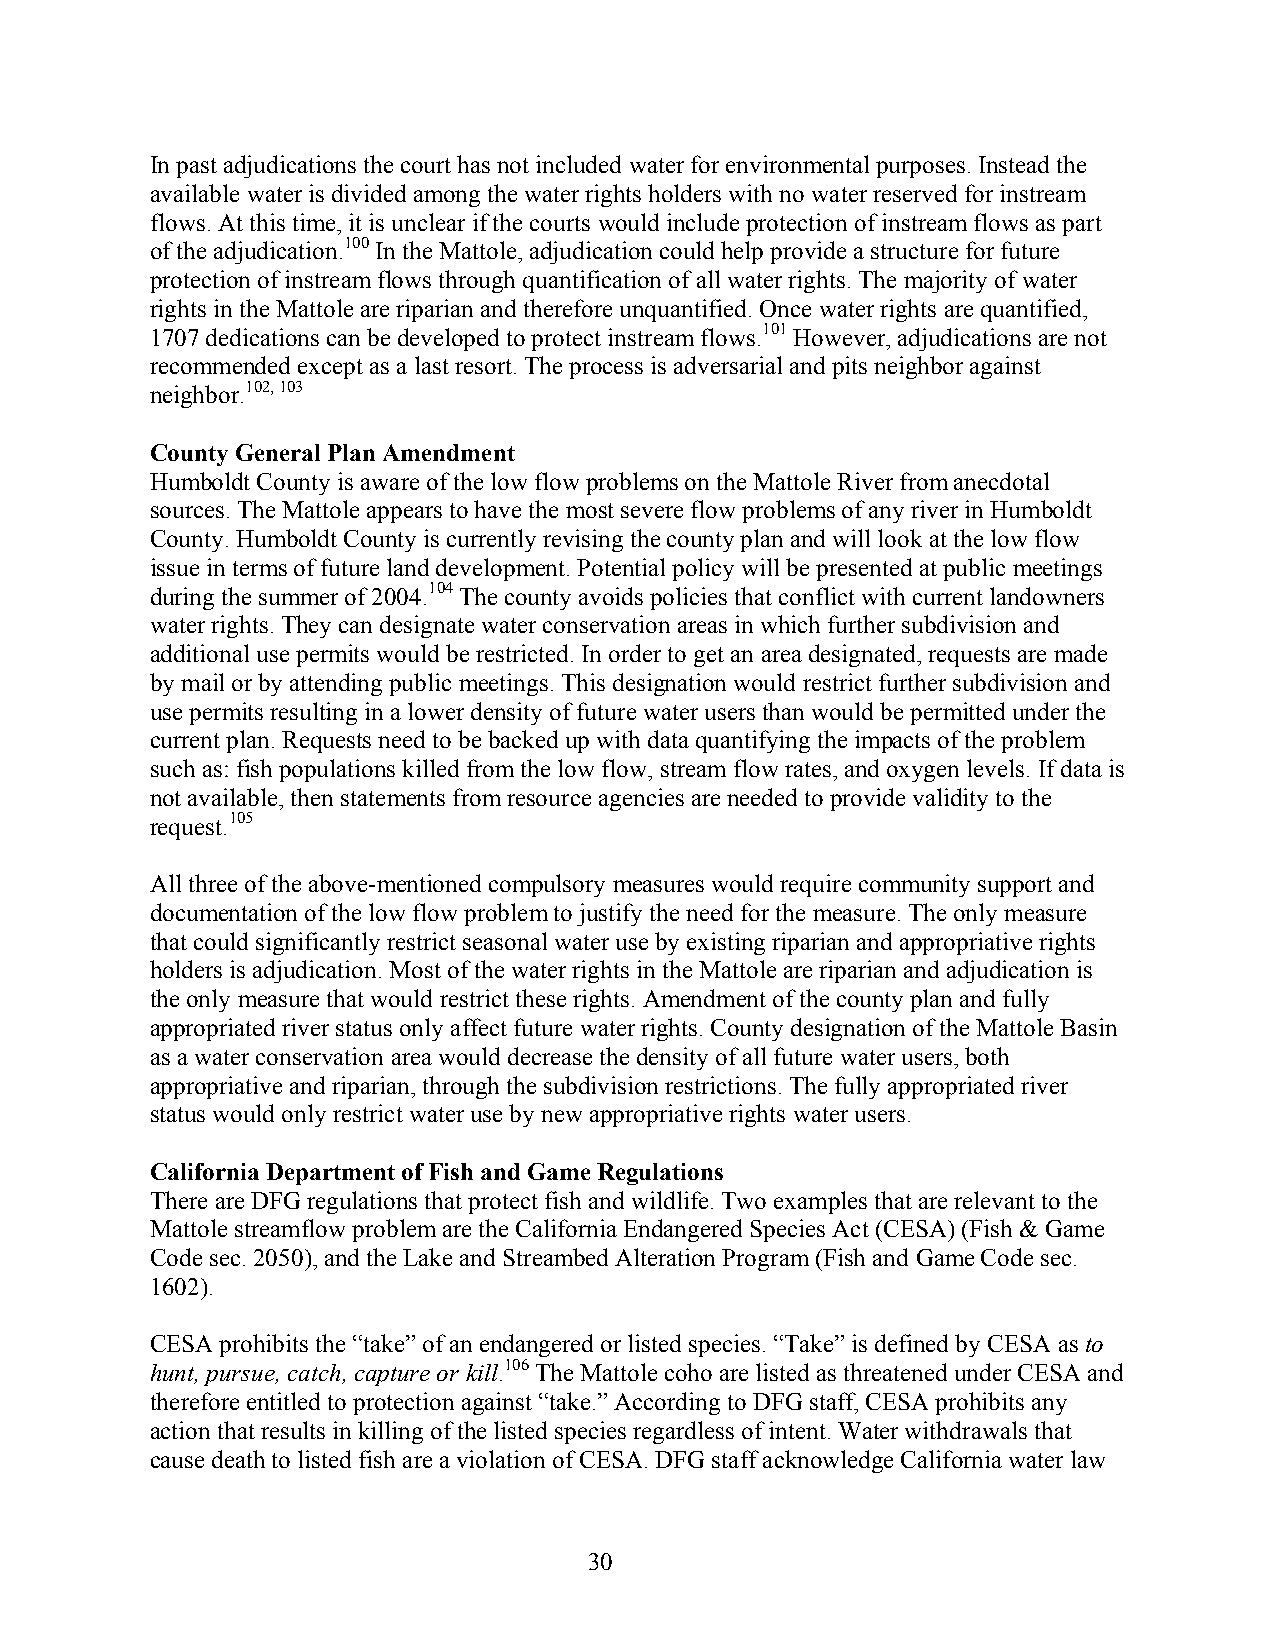
In past adjudications the court has not included water for environmental purposes. Instead the
 available water is divided among the water rights holders with no water reserved for instream
 flows. At this time, it is unclear if the courts would include protection of instream flows as part
 of the adjudication.100 In the Mattole, adjudication could help provide a structure for future
 protection of instream flows through quantification of all water rights. The majority of water
 rights in the Mattole are riparian and therefore unquantified. Once water rights are quantified,
 1707 dedications can be developed to protect instream flows.101 However, adjudications are not
 recommended except as a last resort. The process is adversarial and pits neighbor against
 neighbor.102, 103
 County General Plan Amendment
 Humboldt County is aware of the low flow problems on the Mattole River from anecdotal
 sources. The Mattole appears to have the most severe flow problems of any river in Humboldt
 County. Humboldt County is currently revising the county plan and will look at the low flow
 issue in terms of future land development. Potential policy will be presented at public meetings
 during the summer of 2004.104 The county avoids policies that conflict with current landowners
 water rights. They can designate water conservation areas in which further subdivision and
 additional use permits would be restricted. In order to get an area designated, requests are made
 by mail or by attending public meetings. This designation would restrict further subdivision and
 use permits resulting in a lower density of future water users than would be permitted under the
 current plan. Requests need to be backed up with data quantifying the impacts of the problem
 such as: fish populations killed from the low flow, stream flow rates, and oxygen levels. If data is
 not available, then statements from resource agencies are needed to provide validity to the
 request.105
 All three of the above-mentioned compulsory measures would require community support and
 documentation of the low flow problem to justify the need for the measure. The only measure
 that could significantly restrict seasonal water use by existing riparian and appropriative rights
 holders is adjudication. Most of the water rights in the Mattole are riparian and adjudication is
 the only measure that would restrict these rights. Amendment of the county plan and fully
 appropriated river status only affect future water rights. County designation of the Mattole Basin
 as a water conservation area would decrease the density of all future water users, both
 appropriative and riparian, through the subdivision restrictions. The fully appropriated river
 status would only restrict water use by new appropriative rights water users.
 California Department of Fish and Game Regulations
 There are DFG regulations that protect fish and wildlife. Two examples that are relevant to the
 Mattole streamflow problem are the California Endangered Species Act (CESA) (Fish & Game
 Code sec. 2050), and the Lake and Streambed Alteration Program (Fish and Game Code sec.
 1602).
 CESA prohibits the “take” of an endangered or listed species. “Take” is defined by CESA as to
 hunt, pursue, catch, capture or kill.106 The Mattole coho are listed as threatened under CESA and
 therefore entitled to protection against “take.” According to DFG staff, CESA prohibits any
 action that results in killing of the listed species regardless of intent. Water withdrawals that
 cause death to listed fish are a violation of CESA. DFG staff acknowledge California water law
 30